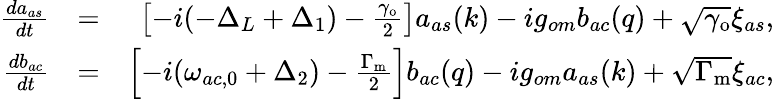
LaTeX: \begin{array}{rlr}{\frac{da_{as}}{dt}}&{=}&{\left[-i(-\Delta_{L}+\Delta_{1})-\frac{\gamma_{\mathrm{o}}}{2}\right]a_{as}(k)-ig_{om}b_{ac}(q)+\sqrt{\gamma_{\mathrm{o}}}\xi_{as},}\\ {\frac{db_{ac}}{dt}}&{=}&{\left[-i(\omega_{ac,0}+\Delta_{2})-\frac{\Gamma_{\mathrm{m}}}{2}\right]b_{ac}(q)-ig_{om}a_{as}(k)+\sqrt{\Gamma_{\mathrm{m}}}\xi_{ac},}\end{array}